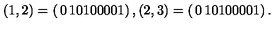
( 1 , 2 ) = \left( \begin{matrix} { 0 } & { 1 } & { 0 } \\ { 1 } & { 0 } & { 0 } \\ { 0 } & { 0 } & { 1 } \\ \end{matrix} \right) , ( 2 , 3 ) = \left( \begin{matrix} { 0 } & { 1 } & { 0 } \\ { 1 } & { 0 } & { 0 } \\ { 0 } & { 0 } & { 1 } \\ \end{matrix} \right) .